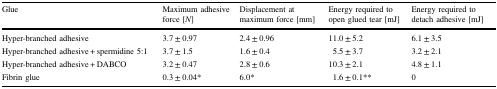
| Glue | Maximum adhesive force [N] | Displacement at maximum force [mm] | Energy required to open glued tear [mJ] | Energy required to detach adhesive [mJ] |
 | --- | --- | --- | --- | --- |
 | Hyper-branched adhesive | 3.7 ± 0.97 | 2.4 ± 0.96 | 11.0 ± 5.2 | 6.1 ± 3.5 |
 | Hyper-branched adhesive + spermidine 5:1 | 3.7 ± 1.5 | 1.6 ± 0.4 | 5.5 ± 3.7 | 3.2 ± 2.1 |
 | Hyper-branched adhesive + DABCO | 3.2 ± 0.47 | 2.8 ± 0.6 | 10.3 ± 2.1 | 4.8 ± 1.1 |
 | Fibrin glue | 0.3 ± 0.04* | 6.0* | 1.6 ± 0.1** | 0 |